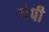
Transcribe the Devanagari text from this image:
नेपी